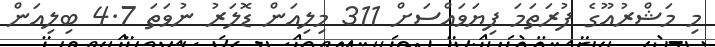
މި މަޝްރުއޫގެ ފުރަތަމަ ފިޔަވައްސަށް 311 މިލިއަން ޑޮލަރު ނުވަތަ 4.7 ބިލިއަން